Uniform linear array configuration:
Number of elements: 32
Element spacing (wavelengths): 0.25
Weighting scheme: hann
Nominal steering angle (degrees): -45
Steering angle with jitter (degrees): -45.941
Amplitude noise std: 0.05
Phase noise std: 0.05

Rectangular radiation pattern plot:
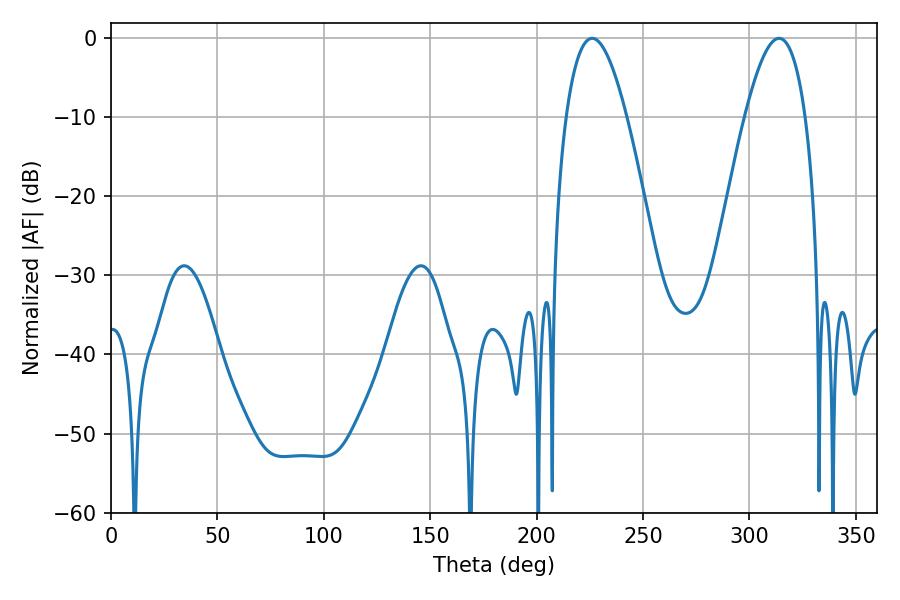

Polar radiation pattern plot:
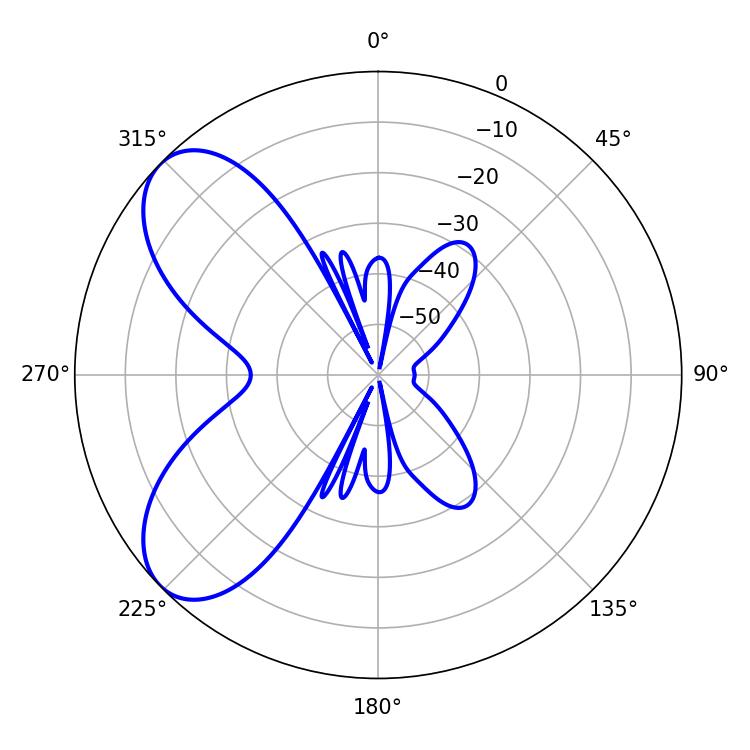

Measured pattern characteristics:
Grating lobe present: FALSE
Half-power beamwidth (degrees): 15.66
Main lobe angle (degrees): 313.92